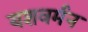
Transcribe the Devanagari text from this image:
यशवर्मन